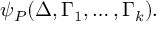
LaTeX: \psi _ { P } ( \Delta , \Gamma _ { 1 } , \dots , \Gamma _ { k } ) .